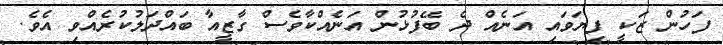
ފަހުން ޒަކީ ފިޔަވައި އަނެއް ދެ ބޭފުޅުން އަނެއްކާވެސް ގާޒީއާ ބައްދަލުކުރެއްވި އެވެ.